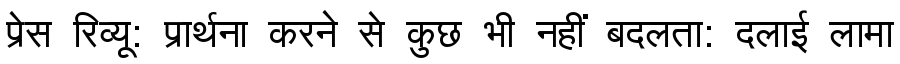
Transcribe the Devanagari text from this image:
प्रेस रिव्यू: प्रार्थना करने से कुछ भी नहीं बदलता: दलाई लामा